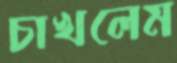
চাখলেম